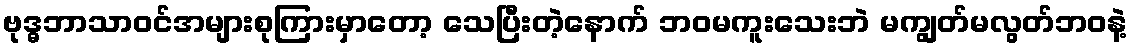
ဗုဒ္ဓဘာသာဝင်အများစုကြားမှာတော့ သေပြီးတဲ့နောက် ဘဝမကူးသေးဘဲ မကျွတ်မလွတ်ဘဝနဲ့